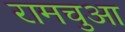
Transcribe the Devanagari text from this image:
रामचुआ